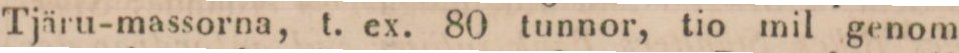
Tjäru-massorna, t. ex. 80 tunnor, tio mil genom